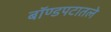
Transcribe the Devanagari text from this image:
बॉण्डपटातले